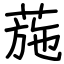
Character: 葹